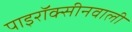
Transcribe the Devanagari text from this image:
पाइरॉक्सीनवाली